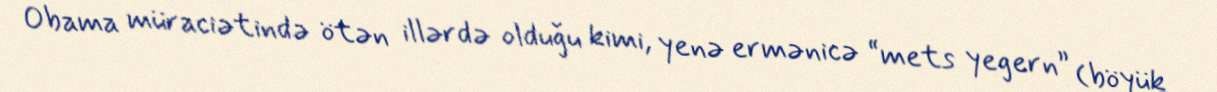
Obama müraciətində ötən illərdə olduğu kimi, yenə ermənicə “mets yegern” (böyük